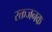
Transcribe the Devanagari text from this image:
रक्तजनक